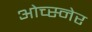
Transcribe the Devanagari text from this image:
ओच्स्नेर